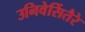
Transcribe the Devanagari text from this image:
उनिवेर्सितैरे